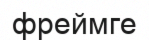
фреймге